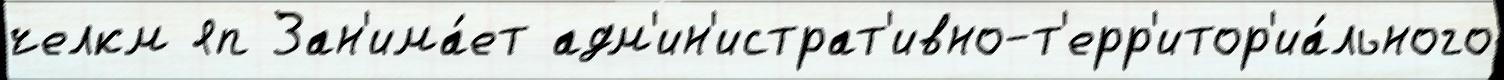
челкм яп Зан'има́ет адм'ин'истрат'ивно-т'ерр'итор'иа́льного